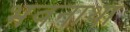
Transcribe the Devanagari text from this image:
भवनाथा